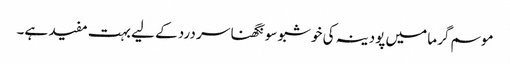
موسم گرما میں پودینہ کی خوشبو سونگھنا سر درد کے لیے بہت مفید ہے۔